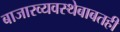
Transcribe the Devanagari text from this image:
बाजारव्यवस्थेबाबतही